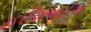
હરીશભાઈએ